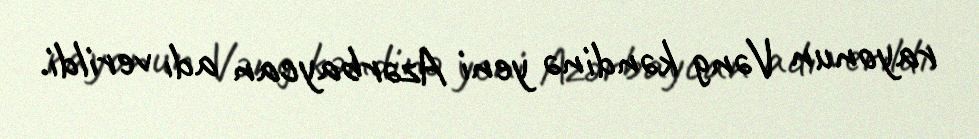
rayonun Vəng kəndinə yeni Azərbaycan adı verildi.